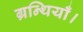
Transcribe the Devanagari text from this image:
ग्रन्थियाँ।